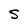
Character: S